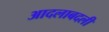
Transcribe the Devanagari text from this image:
आदलाबदली